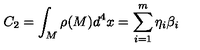
C _ { 2 } = \int _ { M } \rho ( M ) d ^ { 4 } x = \sum _ { i = 1 } ^ { m } \eta _ { i } \beta _ { i }